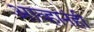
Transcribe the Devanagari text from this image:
आव्हानंही